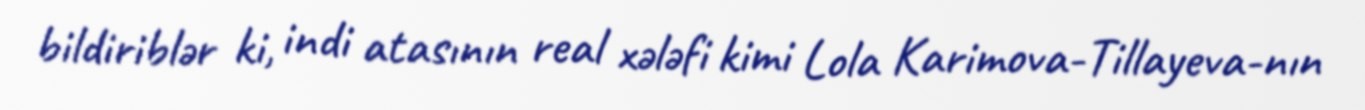
bildiriblər ki, indi atasının real xələfi kimi Lola Karimova-Tillayeva-nın